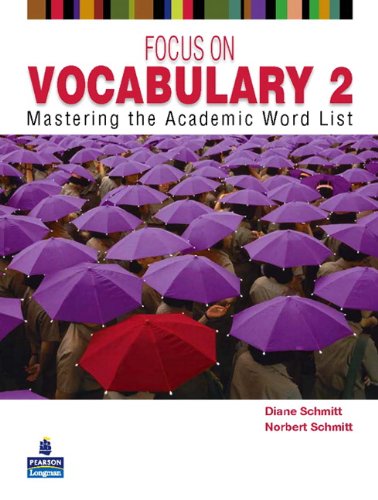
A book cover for Focus on Vocabulary 2: Mastering the Academic Word List (2nd Edition); Diane Schmitt; Reference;